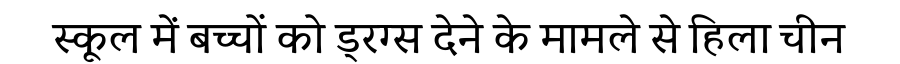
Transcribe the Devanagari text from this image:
स्कूल में बच्चों को ड्रग्स देने के मामले से हिला चीन